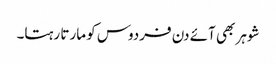
شوہر بھی آئے دن فردوس کو مارتا رہتا۔